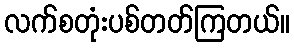
လက်စတုံးပစ်တတ်ကြတယ်။